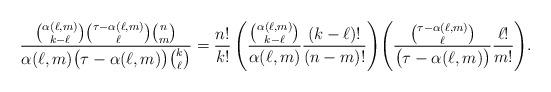
LaTeX: \begin{align*} \frac{\binom{\alpha(\ell,m)}{k-\ell}\binom{\tau-\alpha(\ell,m)}{\ell} \binom{n}{m}}{\alpha(\ell,m)\big(\tau-\alpha(\ell,m)\big)\binom{k}{\ell}} = \frac{n!}{k!}\left(\frac{\binom{\alpha(\ell,m)}{k-\ell}}{\alpha(\ell,m)}\frac{(k-\ell)!}{(n-m)!} \right)\! \left(\frac{\binom{\tau-\alpha(\ell,m)}{\ell}}{\big(\tau-\alpha(\ell,m)\big)}\frac{\ell!}{m!} \right)\!.\end{align*}